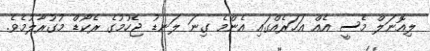
ލިއޮނަލް މެސީ އެއް އަހަރެއްގައި އެންމެ ގިނަ ލަނޑު ޖެހުމުގެ ރެކޯޑް މުގުރާލުމެވެ.